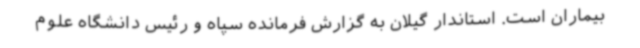
بیماران است. استاندار گیلان به گزارش فرمانده سپاه و رئیس دانشگاه علوم